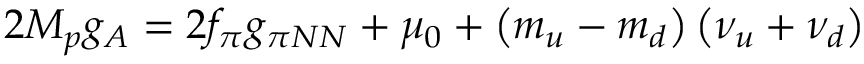
2 M _ { p } g _ { A } = 2 f _ { \pi } g _ { \pi N N } + \mu _ { 0 } + \left( m _ { u } - m _ { d } \right) \left( \nu _ { u } + \nu _ { d } \right)